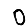
Digit: 0